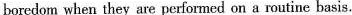
boredom when they are performed on a routine basis.